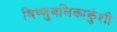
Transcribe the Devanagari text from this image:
बिष्णुबलिकाकुंशी